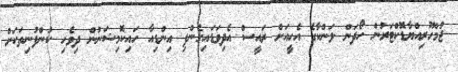
ޖުމްހޫރިއްޔާޑޮކްޓަރުން ހޯދަން ލަންކާގެ އެހީއަށް ރައީސް އެދިވަޑައިގެންފި އިންޑިއާ ހައިކޮމިޝަނުން ދިވެހި ކުންފުނިތަކަށް